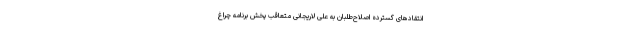
انتقادهای گسترده اصلاح‌طلبان به علی لاریجانی متعاقب پخش برنامه چراغ